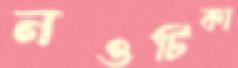
নওটিকা